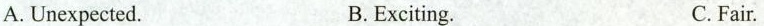
A. Unexpected. B.Exciting. C.Fair.